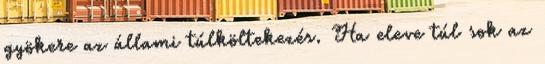
gyökere az állami túlköltekezés. Ha eleve túl sok az